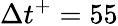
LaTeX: \Delta t^{+}=55